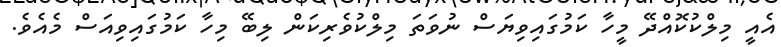
އެއީ މިލްކުކޮއްދޭ މީހާ ކަމުގައިވިޔަސް ނުވަތަ މިލްކުވެރިކަން ލިބޭ މިހާ ކަމުގައިވިއަސް މެއެވެ.